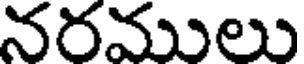
నరములు